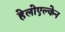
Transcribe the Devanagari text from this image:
हेलोएल्केन